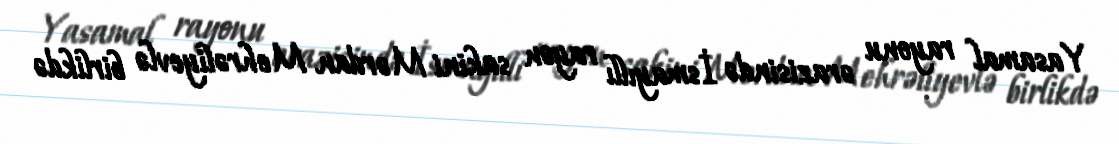
Yasamal rayonu ərazisində İsmayıllı rayon sakini Mərdan Mehrəliyevlə birlikdə